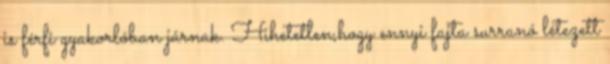
is férfi gyakorlóban járnak. Hihetetlen,hogy ennyi fajta surranó létezett